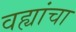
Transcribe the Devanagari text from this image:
वह्यांचा